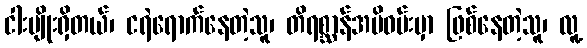
ငါးမျိုးရှိတယ်၊ ငရဲရောက်နေတဲ့သူ၊ တိရစ္ဆာန်အမိဝမ်းမှာ ဖြစ်နေတဲ့သူ၊ လူ့